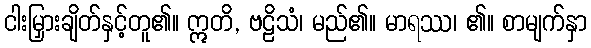
ငါးမြှားချိတ်နှင့်တူ၏။ ဣတိ, ဗဠိသံ၊ မည်၏။ မာရဿ၊ ၏။ စာမျက်နှာ